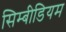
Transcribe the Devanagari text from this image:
सिम्बीडियम